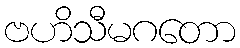
ဗဟိသီမဂတော